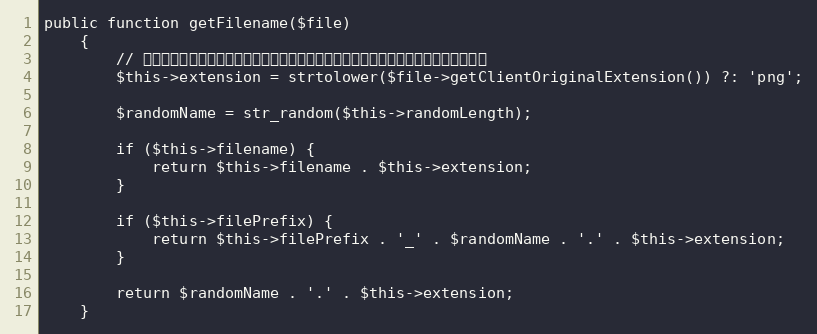
Language: PHP
public function getFilename($file)
    {
        // 获取文件的后缀名，因图片从剪贴板里黏贴时后缀名为空，所以此处确保后缀一直存在
        $this->extension = strtolower($file->getClientOriginalExtension()) ?: 'png';

        $randomName = str_random($this->randomLength);

        if ($this->filename) {
            return $this->filename . $this->extension;
        }

        if ($this->filePrefix) {
            return $this->filePrefix . '_' . $randomName . '.' . $this->extension;
        }

        return $randomName . '.' . $this->extension;
    }